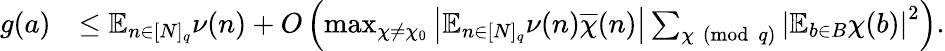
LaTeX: \begin{array}{rl}{g(a)}&{\leq\mathbb{E}_{n\in[N]_{q}}\nu(n)+O\left(\operatorname*{max}_{\chi\neq\chi_{0}}\left|\mathbb{E}_{n\in[N]_{q}}\nu(n)\overline{{\chi}}(n)\right|\sum_{\chi\pmod{q}}\left|\mathbb{E}_{b\in B}\chi(b)\right|^{2}\right).}\end{array}